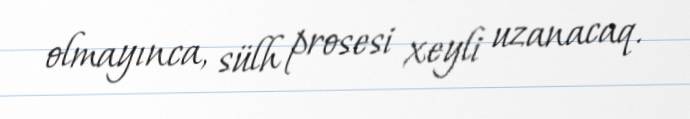
olmayınca, sülh prosesi xeyli uzanacaq.